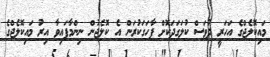
މައިކޮލެޖްގެ އަހަރީ ދުވަސް ކުލަގަދަކޮށް ފާހަގަކުރަން އެ ކޮލެޖުން ނިންމާފައިވާ އިރު މައިކޮލެޖްގެ